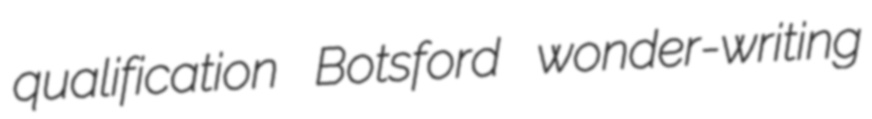
qualification Botsford wonder-writing